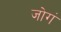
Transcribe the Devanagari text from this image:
जोगं